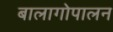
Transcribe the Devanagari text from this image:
बालागोपालन